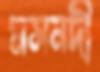
মসনদী